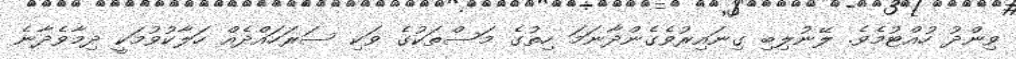
ވިންދު ހުއްޓުމެވެ. ލޭނުލިބި ގިނައިރުވެގެންދާނަމަ ހިތުގެ މަސްތަކުގެ ވަކި ސަރަހައްދެއް ހަލާކުވުމަކީ ދިމާވެދާނެ